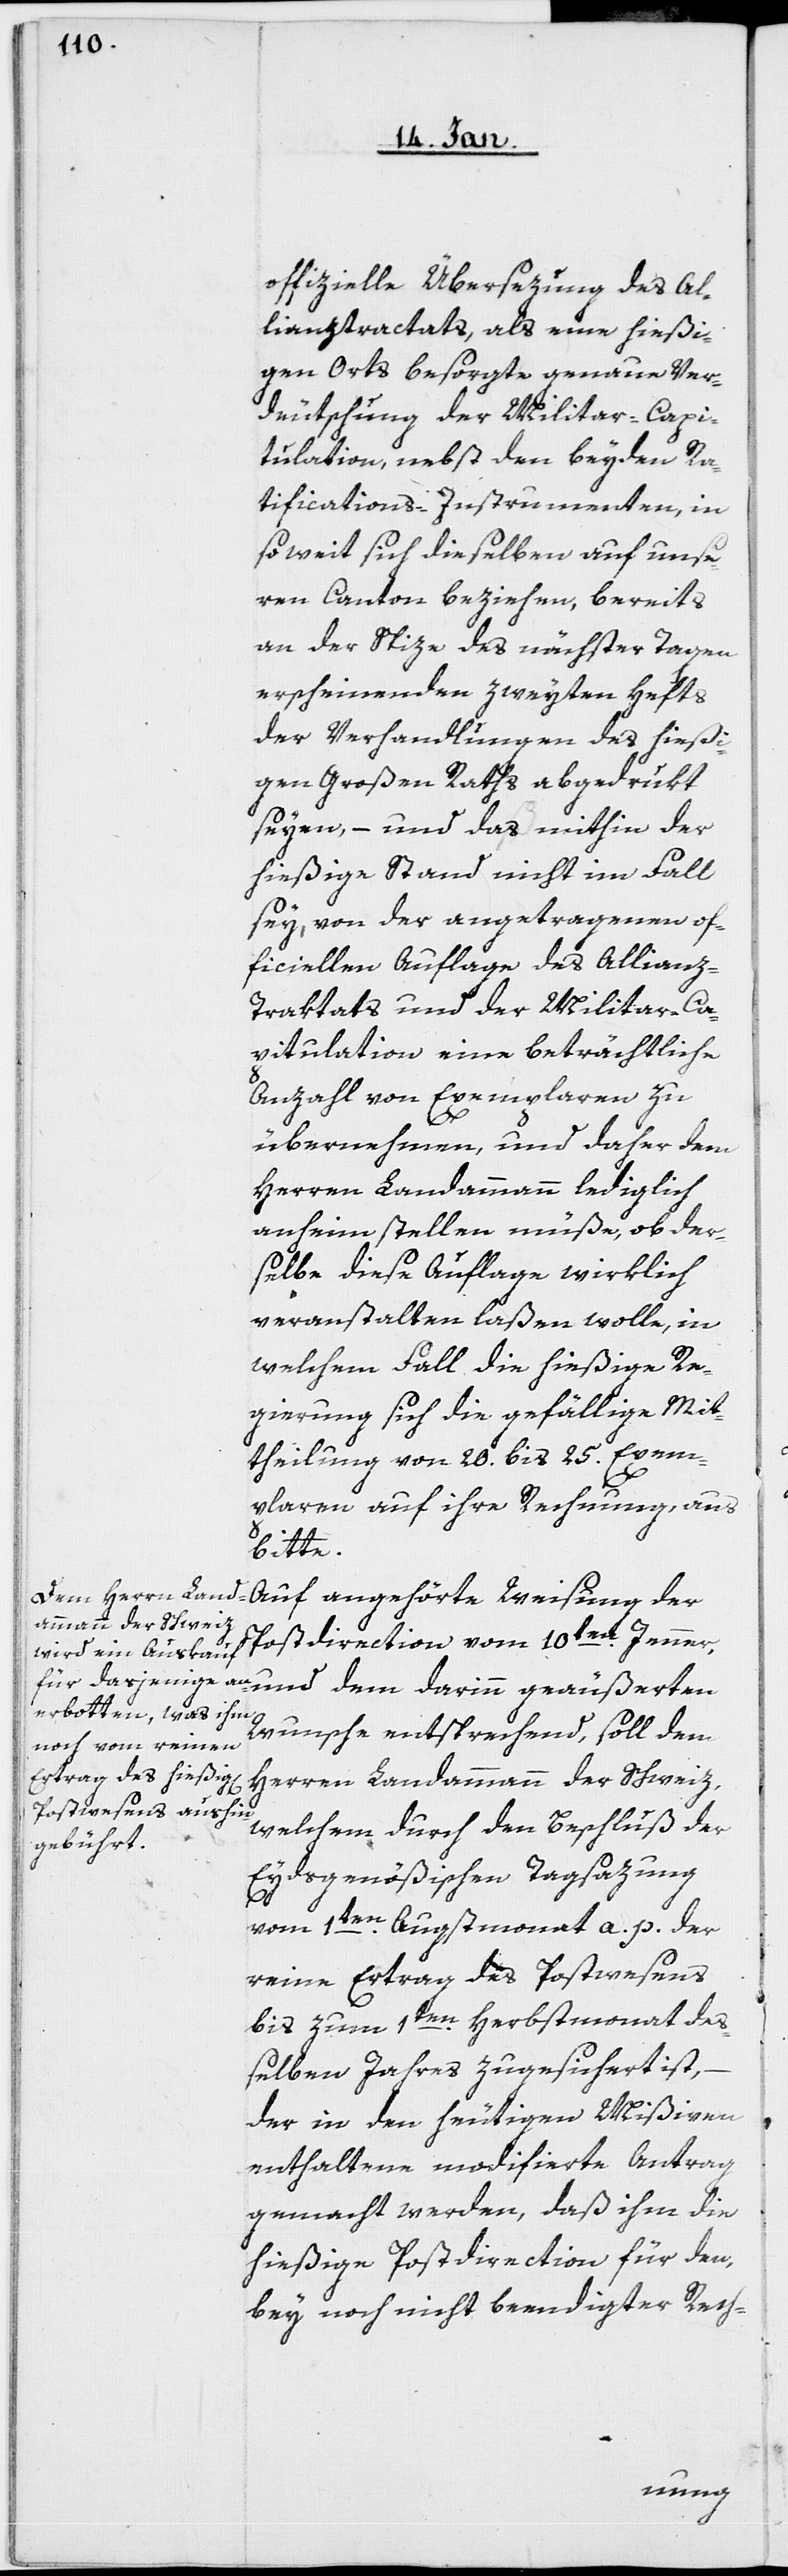
und dem darinn

offizielle Übersezung des Al¬
lianztractats, als eine hießi¬
gen Orts besorgte genaue Ver¬
deutschung der Militar-Capi¬
tulation, nebst den beyden Ra¬
tifications-Instrumenten, in
soweit sich dieselben auf unse¬
ren Canton beziehen, bereits
an der Spize des nächster Tagen
erscheinenden zweyten Hefts
der Verhandlungen des hießi¬
gen Großen Raths abgedrukt
seyen, – und das mithin der
hießige Stand nicht im Fall
sey, von der angetragenen of¬
ficiellen Auflage des Allianz-T¬
raktats und der Militair-Ca¬
pitulation eine beträchtliche
Anzahl von Exemplaren zu
übernehmen, und daher dem
Herren Landammann lediglich
anheim stellen müße, ob der¬
selbe diese Auflage wirklich
veranstalten laßen wolle, in
welchem Fall die hießige Re¬
gierung sich die gefällige Mit¬
theilung von 20. bis 25. Exem¬
plaren auf ihre Rechnung, aus
bitte.
Auf angehörte Weisung der
Postdirection vom 10ten. Jenner,
Wunsche entsprechend, soll dem
Herren Landammann der Schweiz,
welchem durch den Beschluß der
Eydsgenößischen Tagsazung
vom 1ten. Augstmonat a. p. der
reine Ertrag des Postwesens
bis zum 1ten. Herbstmonat de¬
ßelben Jahres zugesichert ist,
der in den heutigen Mißiven
enthaltene modifierte Antrag
gemacht werden, daß ihm die
hießige Postdirection für den,
bey noch nicht beendigter Rech-